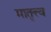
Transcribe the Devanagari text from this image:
मातृत्त्व